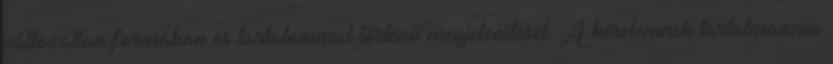
változatlan formában és tartalommal történő megjelenítését. A kérelemnek tartalmaznia